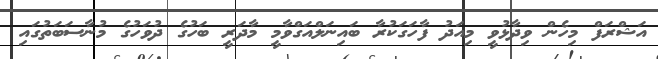
އަޝްރަފް މިހެން ވިދާޅުވީ މިއަދު ފާހަގަކުރާ ބައިނަލްއަގްވާމީ މާދަރީ ބަހުގެ ދުވަހުގެ މުނާސަބަތުގައި